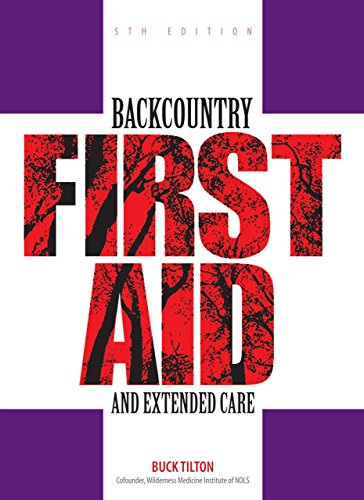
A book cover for Backcountry First Aid and Extended Care (Falcon Guide); Buck Tilton; Sports & Outdoors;